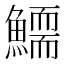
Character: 𩻞